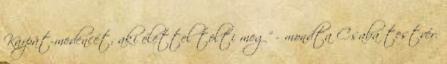
Kárpát-medencét, aki élettel tölti meg" - mondta Csaba testvér.